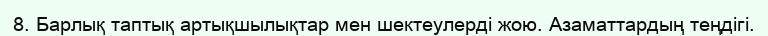
8. Барлық таптық артықшылықтар мен шектеулерді жою. Азаматтардың теңдігі.